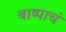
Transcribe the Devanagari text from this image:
बाष्पाचं